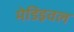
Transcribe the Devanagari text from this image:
मेडिइवल